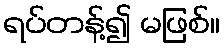
ရပ်တန့်၍ မဖြစ်။